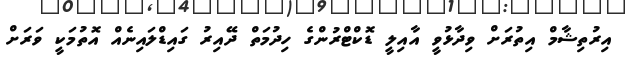
އިރުތިޝާމް އިތުރަށް ވިދާޅުވީ އާއިލީ ޑޮކްޓްރުންގެ ހިދުމަތް ދޭއިރު ގައިޑްލައިނެއް އޮތުމަކީ ވަރަށް